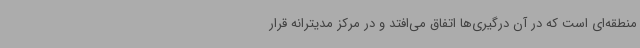
منطقه‌ای است که در آن درگیری‌ها اتفاق می‌افتد و در مرکز مدیترانه قرار